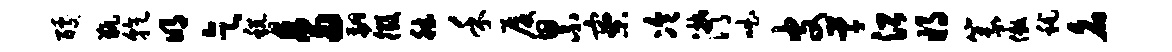
醵瓶乾明乞税鸟翩徵德禾厦累寮冷潸咄皮草沿将篆傲秫名